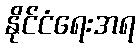
နိုင်ငံရေးအရ